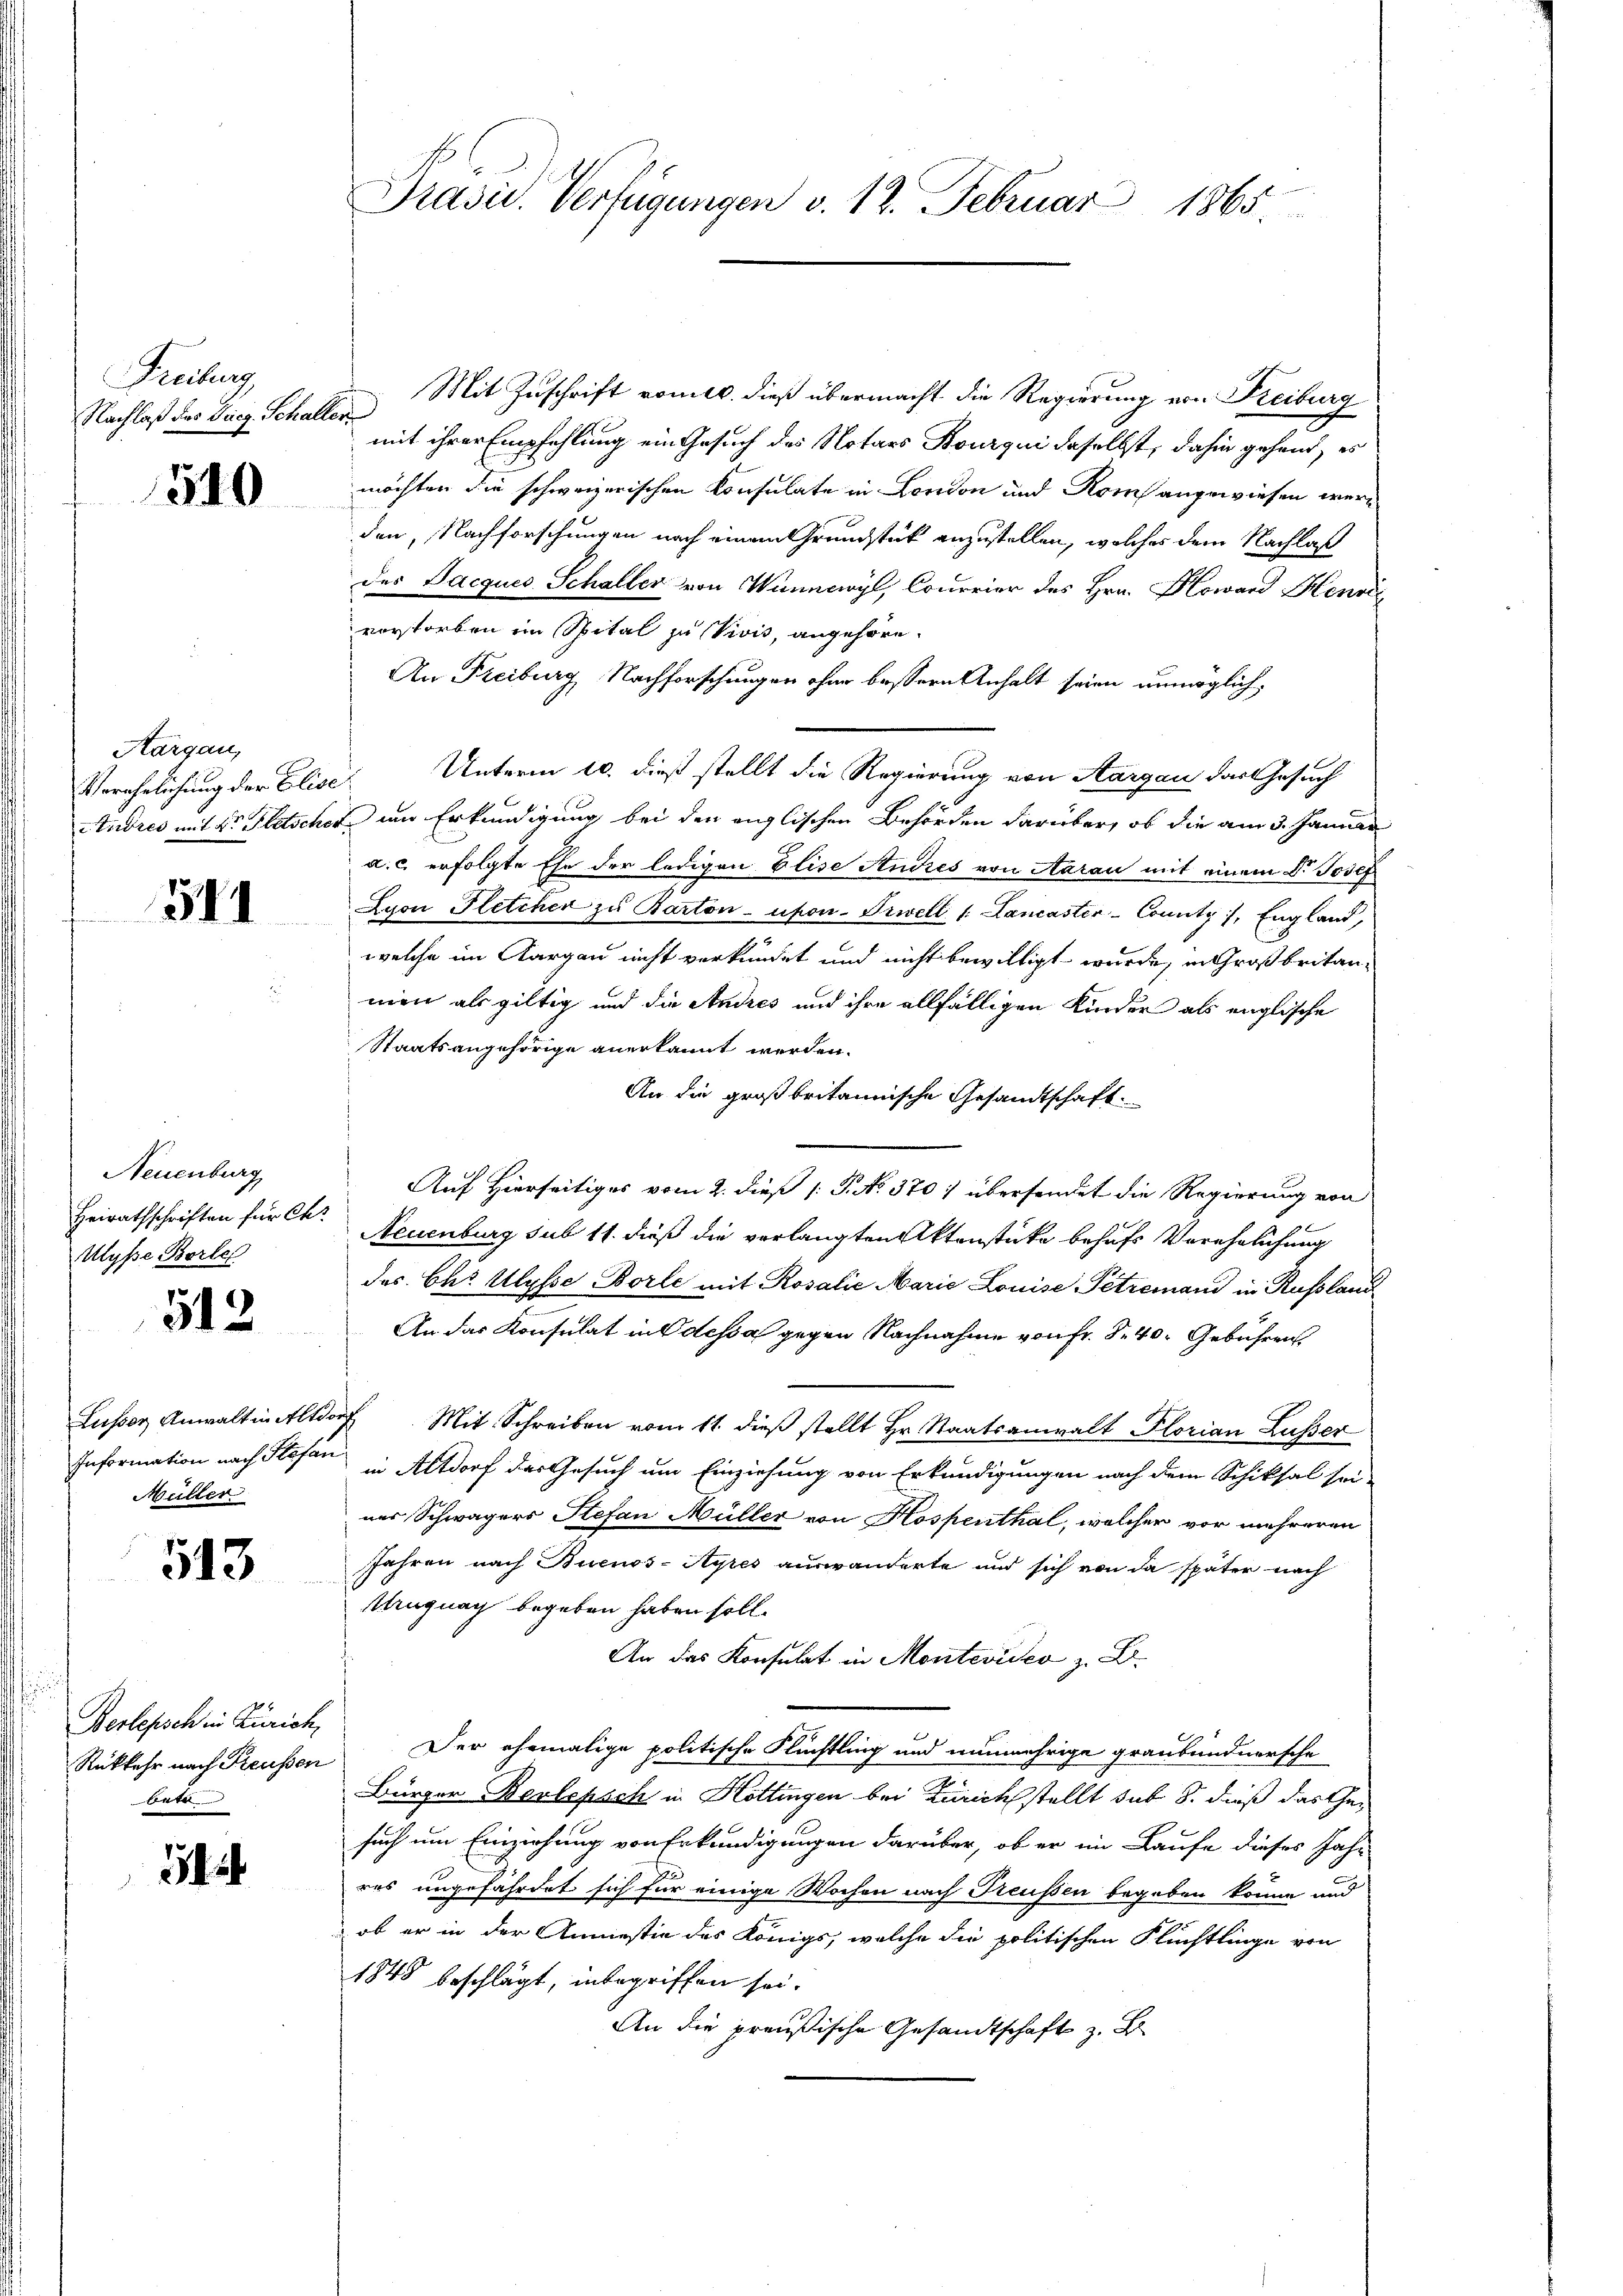
Freiburg,
Nachlaß des Tueg. Schalle

540

Aargau,

581

Neuenburg
Heirathschriften für Chr
Ulysse Borles

512

Lusser Anwalt in Altdor
Müller

513

Berlepsch in Zürich,
Rükkehr nach Reussen
bete

14

Präsid. Verfügungen v. 12. Februar 1865.

Mit Zuschrift vom 10. dieß übermacht die Regierung von Freiburg
u
mit ihrer Empfehlung ein Gesuch des Notars Bourqui daselbst, dahin gehend, es
möchten die schweizerischen Konsulate in London und Rom angewiesen werden, Nachforschungen nach einem Grundstück anzustellen, welches dem Nachlaß
des Jacques Schaller von Wunncwyl, Courrier des Hrn. Howard Henri
vorstorben im Spital zu Vivis, angehöre.
An Freiburg, Nachforschungen ohne bessern Anhalt seien unmöglich¬
Verehelichung der Elise. Unterm 10. dieß stellt die Regierung von Aargau der Gesuch
Etudres mit der Gletscher in Erkundigung bei den englischen Behörden darüber, ob die am 3. Januar
a. c. erfolgte Ehe der ledigen Elise Andres von Aarau mit einem Dr. Josef
Lyon Fletchen zu Barton-ufon-Irwell 1. Lancaster County /, England,
welche im Aargau nicht verkündet und nicht bewilligt wurde, in Großbritanmen als giltig und die Andres und ihre allfälligen Kinder als englische
Staatsangehörige anerkannt werden.
An die großbritannische Gesandtschaft.
Auf Hierseitiges vom 2. dieß P. No. 370. übersendet die Regierung von
Neuenburg sub 11. dieß die verlangten Aktenstücke behufs Verehelichung
des Chr. Ulysse Borle mit Rosalie Marie Louise Petremand in Russland
An das Konsulat in Odessa gegen Nachnahme von Fr. S. 40. Gebühren
 Mit Schreiben vom 11. dieß stellt Hr. Staatsanwalt Florian Lusser
Information nach Stefan in Altdorf der Gesuch um Einziehung von Erkundigungen nach dem Schiksal sei-
ner Schwägers Stefan Müller von Hospenthal, welcher vor mehreren
Jahren nach Buenos-Ayres auswanderte und sich von da später nach
ugnach begeben haben soll.
An das Konsulat in Montevideo z. B.
Der ehemalige politische Flüchtling und nunmehrige graubündnersche
Bürger Berlepsch in Hottingen bei Zürich stellt sub 8. dieß das Gesuch um Einziehung von Erkundigungen darüber, ob er im Laufe dieses Jahr
res ungefährdet sich für einige Wochen nach Treussen begeben könne und
 ob er in der Anniessin des Königs, welche die politischen Flüchtlinge von
1848 beschlägt, inbegriffen sei.
An die preußische Gesandtschaft z. B